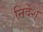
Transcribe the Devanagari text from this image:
निर्देश्